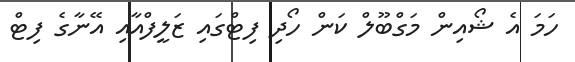
ހަމަ އެ ޝޯއިން މަގްބޫލް ކަން ހޯދި ފިޓްގައި ޒަލީފްއާއި އޭނާގެ ފިޓް